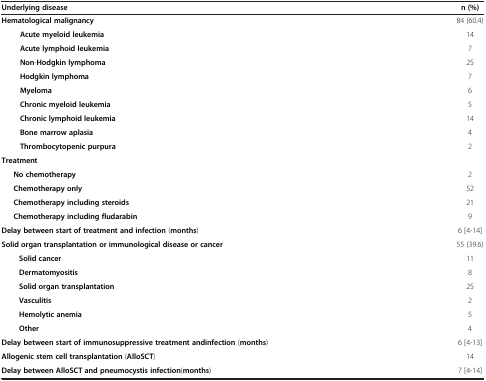
<table><thead><tr><td><b>Underlying disease</b></td><td><b>n (%)</b></td></tr></thead><tbody><tr><td><b>Hematological malignancy</b></td><td>84 (60.4)</td></tr><tr><td><b>Acute myeloid leukemia</b></td><td>14</td></tr><tr><td><b>Acute lymphoid leukemia</b></td><td>7</td></tr><tr><td><b>Non</b>-<b>Hodgkin lymphoma</b></td><td>25</td></tr><tr><td><b>Hodgkin lymphoma</b></td><td>7</td></tr><tr><td><b>Myeloma</b></td><td>6</td></tr><tr><td><b>Chronic myeloid leukemia</b></td><td>5</td></tr><tr><td><b>Chronic lymphoid leukemia</b></td><td>14</td></tr><tr><td><b>Bone marrow aplasia</b></td><td>4</td></tr><tr><td><b>Thrombocytopenic purpura</b></td><td>2</td></tr><tr><td><b>Treatment</b></td><td> </td></tr><tr><td><b>No chemotherapy</b></td><td>2</td></tr><tr><td><b>Chemotherapy only</b></td><td>52</td></tr><tr><td><b>Chemotherapy including steroids</b></td><td>21</td></tr><tr><td><b>Chemotherapy including fludarabin</b></td><td>9</td></tr><tr><td><b>Delay between start of treatment and infection</b> (<b>months</b>)</td><td>6 [4-14]</td></tr><tr><td><b>Solid organ transplantation or immunological disease or cancer</b></td><td>55 (39.6)</td></tr><tr><td><b>Solid cancer</b></td><td>11</td></tr><tr><td><b>Dermatomyositis</b></td><td>8</td></tr><tr><td><b>Solid organ transplantation</b></td><td>25</td></tr><tr><td><b>Vasculitis</b></td><td>2</td></tr><tr><td><b>Hemolytic anemia</b></td><td>5</td></tr><tr><td><b>Other</b></td><td>4</td></tr><tr><td><b>Delay between start of immunosuppressive treatment andinfection</b> (<b>months</b>)</td><td>6 [4-13]</td></tr><tr><td><b>Allogenic stem cell transplantation</b> (<b>AlloSCT</b>)</td><td>14</td></tr><tr><td><b>Delay between AlloSCT and pneumocystis infection</b>(<b>months</b>)</td><td>7 [4-14]</td></tr></tbody></table>